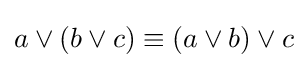
a\lor (b\lor c)\equiv (a\lor b)\lor c